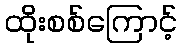
ထိုးစစ်ကြောင့်